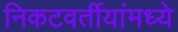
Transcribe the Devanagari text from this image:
निकटवर्तीयांमध्ये